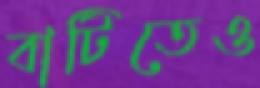
বাটিতেও